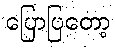
ပြောပြတော့